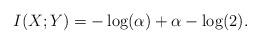
LaTeX: \begin{align*} I(X;Y)=-\log(\alpha)+\alpha-\log(2). \end{align*}